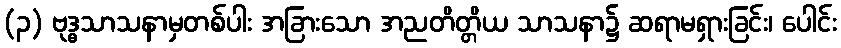
(၃) ဗုဒ္ဓသာသနာမှတစ်ပါး အခြားသော အညတိတ္တိယ သာသနာ၌ ဆရာမရှားခြင်း၊ ပေါင်း